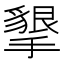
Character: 𭢩